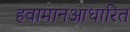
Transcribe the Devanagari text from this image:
हवामानआधारित